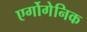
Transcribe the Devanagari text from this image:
एर्गोगेनिक